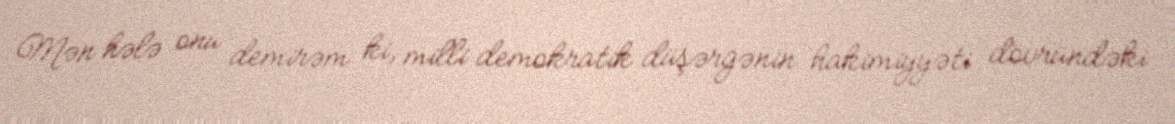
Mən hələ onu demirəm ki, milli demokratik düşərgənin hakimiyyəti dövründəki